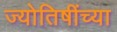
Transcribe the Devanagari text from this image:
ज्योतिषींच्या